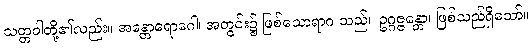
သတ္တဝါတို့၏လည်း။ အန္တောရောဂေါ၊ အတွင်း၌ ဖြစ်သောရာဂ သည်။ ဥဂ္ဂဇ္ဇန္တော၊ ဖြစ်သည်ရှိသော်။